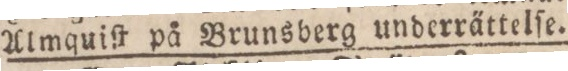
Almquiſt på Brunnsberg underrättelſe.